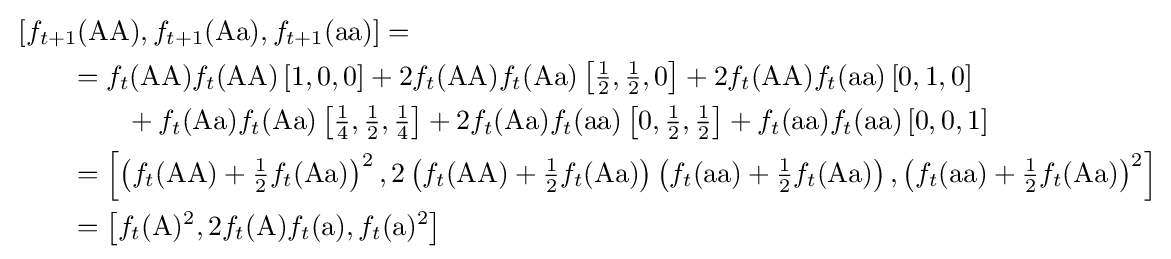
{\begin{aligned}&\left[f_{t+1}({\text{AA}}),f_{t+1}({\text{Aa}}),f_{t+1}({\text{aa}})\right]=\\&\qquad =f_{t}({\text{AA}})f_{t}({\text{AA}})\left[1,0,0\right]+2f_{t}({\text{AA}})f_{t}({\text{Aa}})\left[{\tfrac {1}{2}},{\tfrac {1}{2}},0\right]+2f_{t}({\text{AA}})f_{t}({\text{aa}})\left[0,1,0\right]\\&\qquad \qquad +f_{t}({\text{Aa}})f_{t}({\text{Aa}})\left[{\tfrac {1}{4}},{\tfrac {1}{2}},{\tfrac {1}{4}}\right]+2f_{t}({\text{Aa}})f_{t}({\text{aa}})\left[0,{\tfrac {1}{2}},{\tfrac {1}{2}}\right]+f_{t}({\text{aa}})f_{t}({\text{aa}})\left[0,0,1\right]\\&\qquad =\left[\left(f_{t}({\text{AA}})+{\tfrac {1}{2}}f_{t}({\text{Aa}})\right)^{2},2\left(f_{t}({\text{AA}})+{\tfrac {1}{2}}f_{t}({\text{Aa}})\right)\left(f_{t}({\text{aa}})+{\tfrac {1}{2}}f_{t}({\text{Aa}})\right),\left(f_{t}({\text{aa}})+{\tfrac {1}{2}}f_{t}({\text{Aa}})\right)^{2}\right]\\&\qquad =\left[f_{t}({\text{A}})^{2},2f_{t}({\text{A}})f_{t}({\text{a}}),f_{t}({\text{a}})^{2}\right]\end{aligned}}